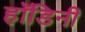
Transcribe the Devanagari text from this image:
हॉडिनी